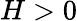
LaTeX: H>0